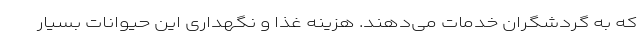
که به گردشگران خدمات می‌دهند. هزینه غذا و نگهداری این حیوانات بسیار